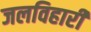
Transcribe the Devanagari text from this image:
जलविहारी